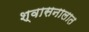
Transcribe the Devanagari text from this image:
श्वासनालात